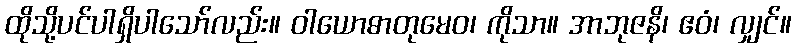
ထိုသို့ပင်ပါရှိပါသော်လည်း။ ဝါယောဓာတုမေဝ၊ ကိုသာ။ အာဘုဇနိ၊ ဧဝံ၊ လျှင်။